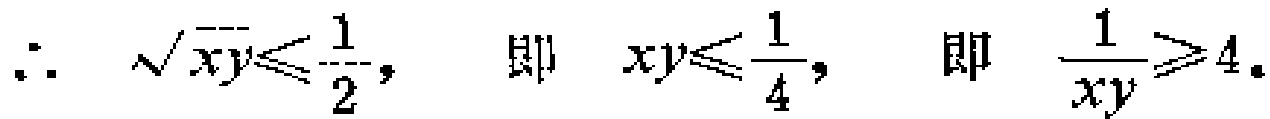
\(\therefore \sqrt{xy}\leqslant\frac{1}{2},\ \ 即\ \ xy\leqslant\frac{1}{4},\ \ 即\ \ \frac{1}{xy}\geqslant4。\)